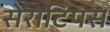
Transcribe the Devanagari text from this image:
सेराटिपस